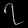
Digit: ၇